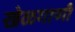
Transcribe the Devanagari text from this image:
खेळगाणी